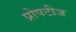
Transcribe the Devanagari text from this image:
प्रोपटीज